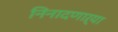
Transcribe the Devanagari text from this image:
निनादणाऱ्या